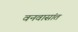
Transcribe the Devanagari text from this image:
वनवासांत